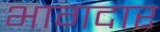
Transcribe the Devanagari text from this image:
भागदार